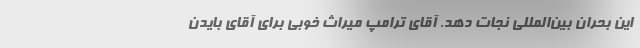
این بحران بین‌المللی نجات دهد. آقای ترامپ میراث خوبی برای آقای بایدن